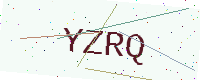
Text: YZRQ